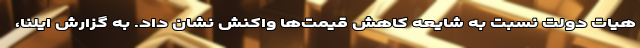
هیات دولت نسبت به شایعه کاهش قیمت‌ها واکنش نشان داد. به گزارش ایلنا،